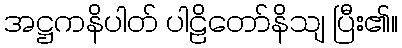
အဋ္ဌကနိပါတ် ပါဠိတော်နိသျ ပြီး၏။